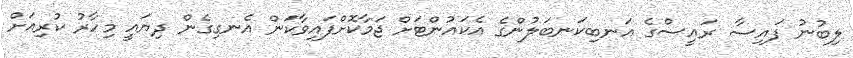
ލިބުނު ފައިސާ ރައީސްގެ އަނބިކަނބަލުންގެ އެކައުންޓަށް ޖަމާކޮށްފައިވާކަން އެނގިގެން ދިޔައީ މިހާރު ކުރިއަށް